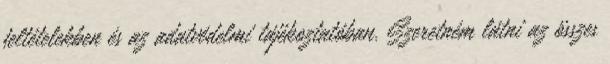
feltételekben és az adatvédelmi tájékoztatóban. Szeretném látni az összes